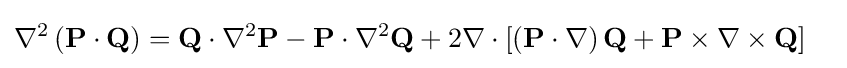
\nabla ^{2}\left(\mathbf {P} \cdot \mathbf {Q} \right)=\mathbf {Q} \cdot \nabla ^{2}\mathbf {P} -\mathbf {P} \cdot \nabla ^{2}\mathbf {Q} +2\nabla \cdot \left[\left(\mathbf {P} \cdot \nabla \right)\mathbf {Q} +\mathbf {P} \times \nabla \times \mathbf {Q} \right]\quad